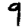
Digit: 9